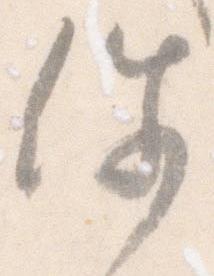
件